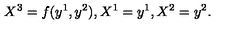
X ^ { 3 } = f ( y ^ { 1 } , y ^ { 2 } ) , X ^ { 1 } = y ^ { 1 } , X ^ { 2 } = y ^ { 2 } .